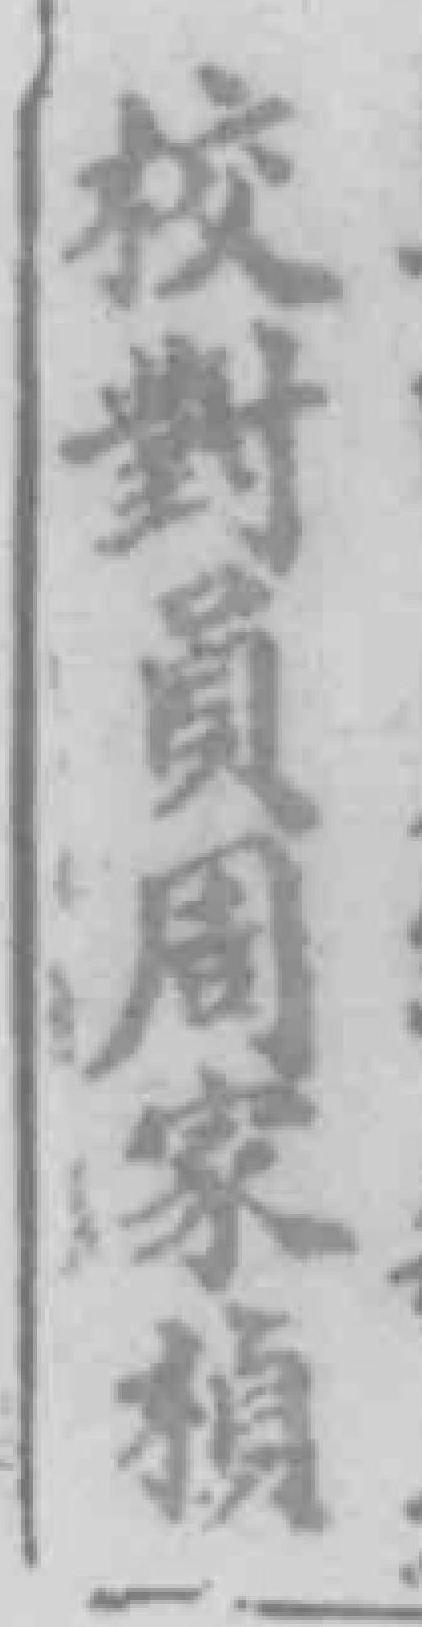
校對員周家楨